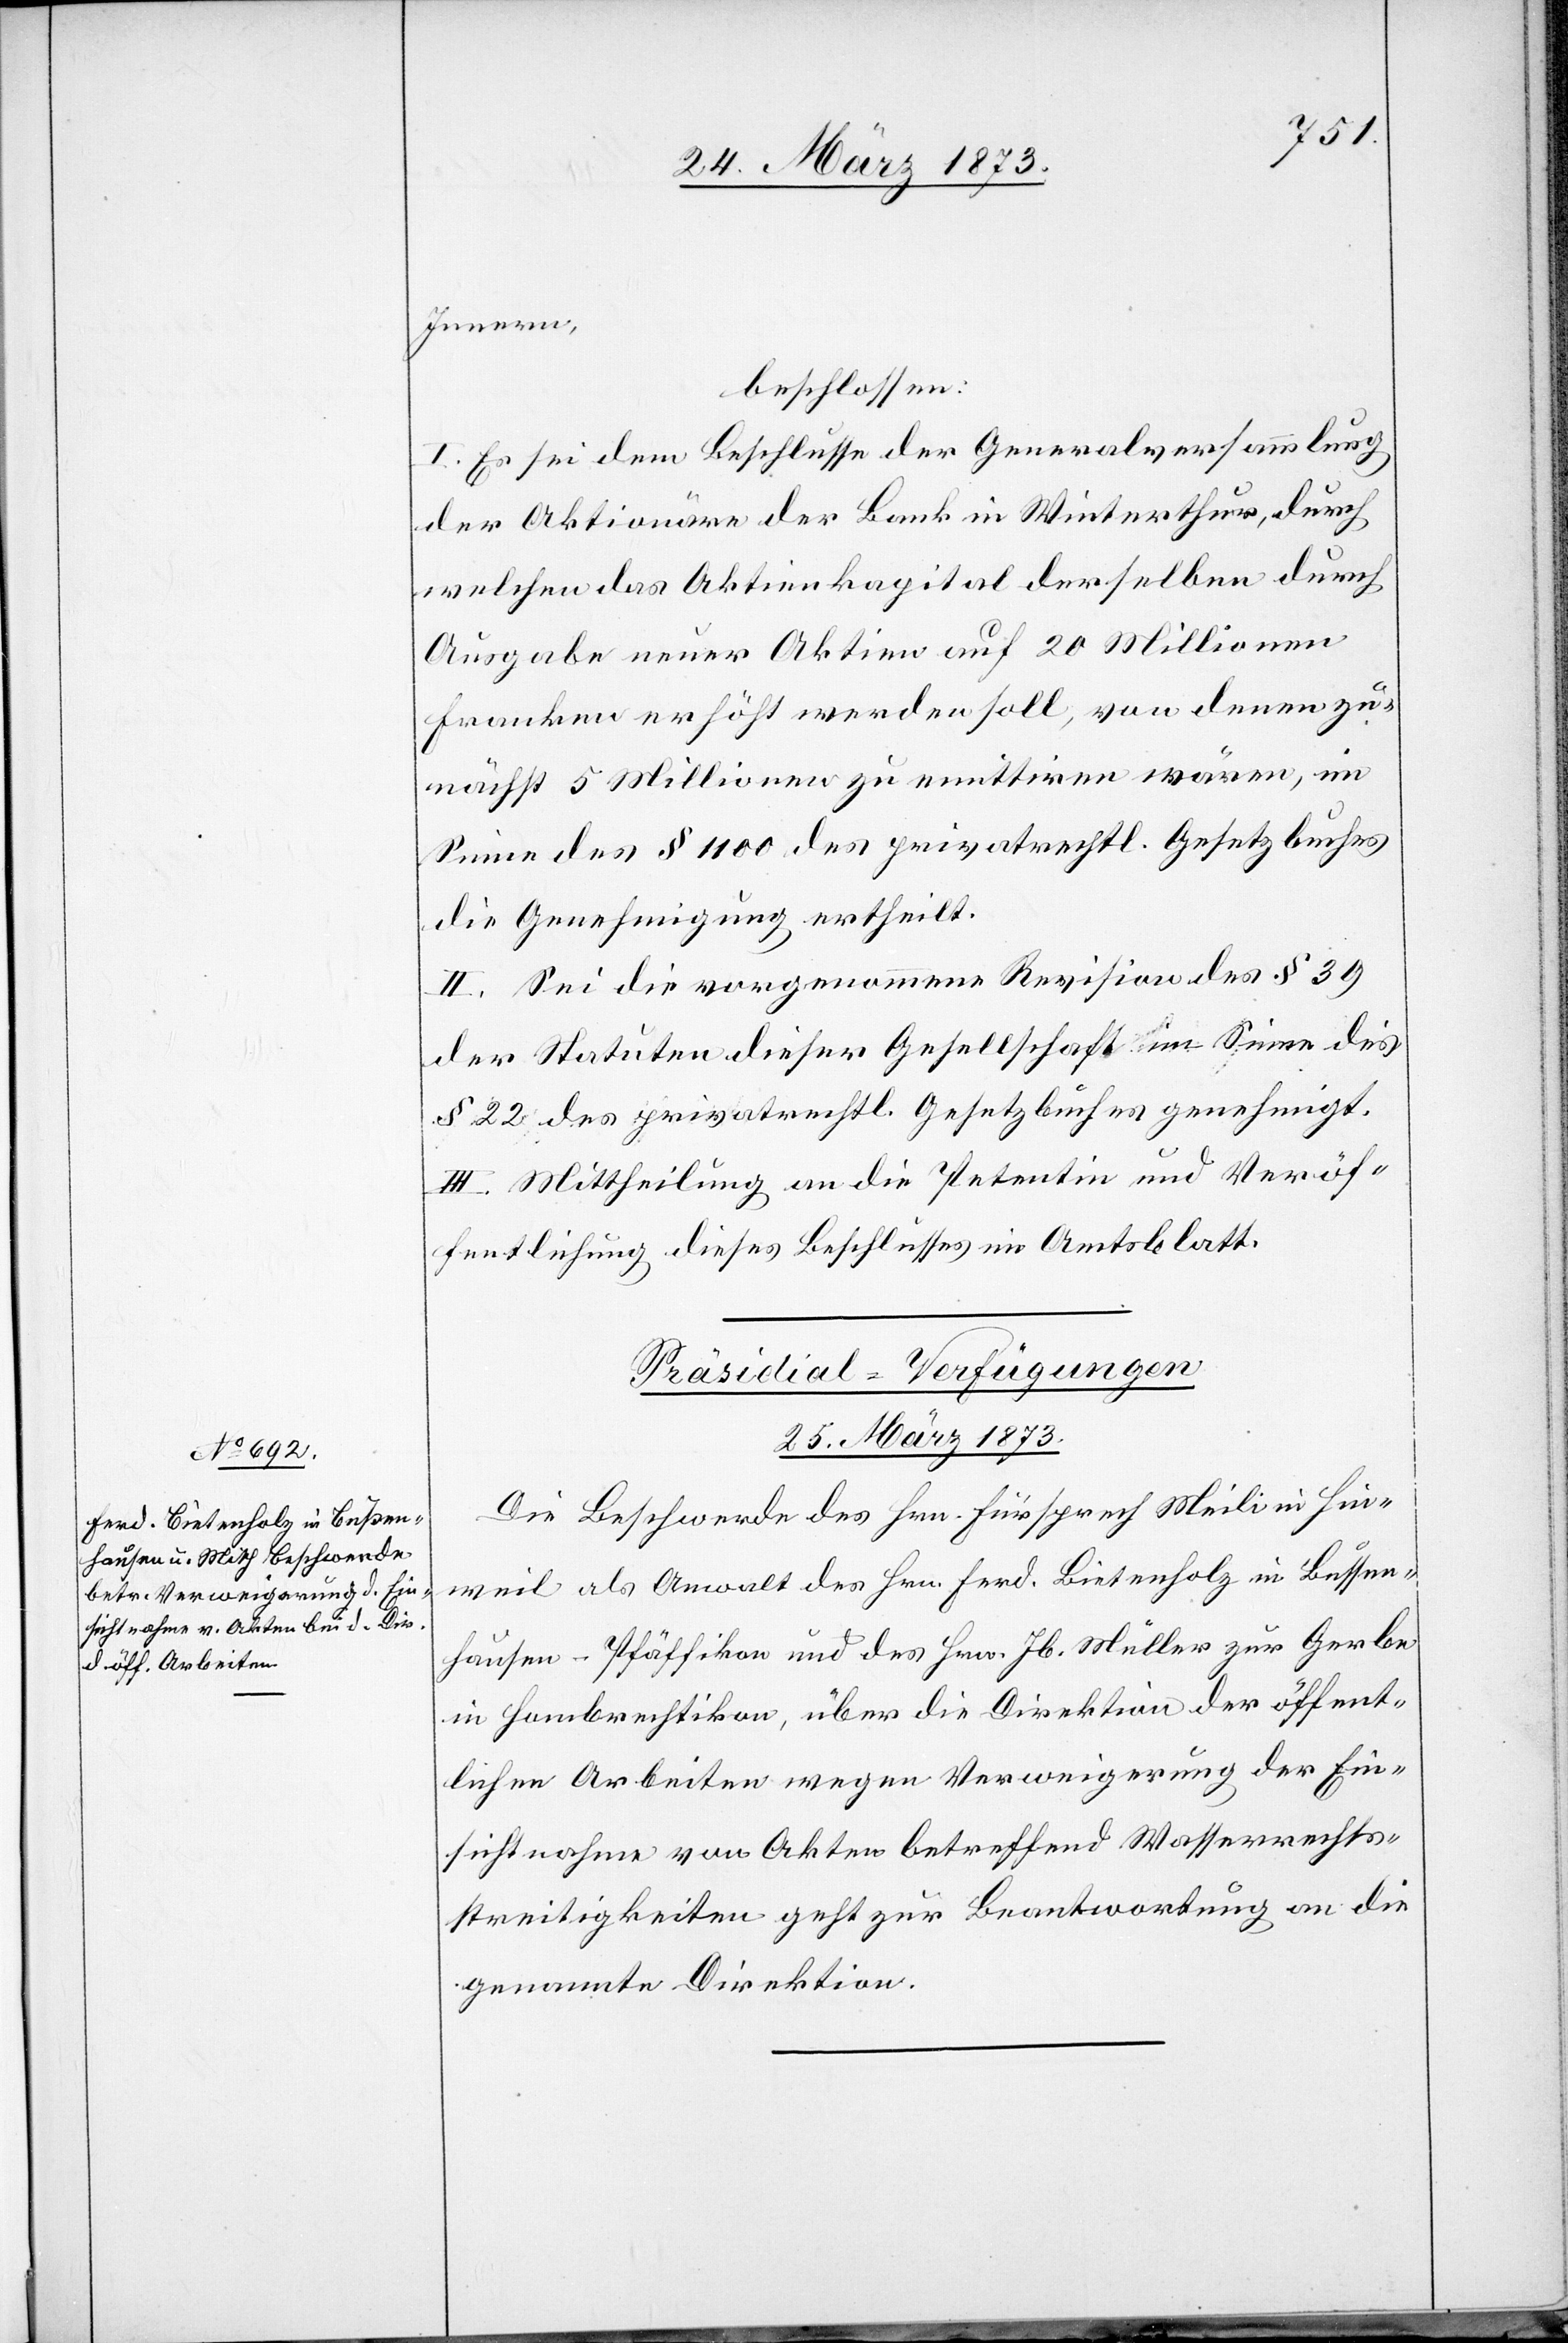
Innern,
beschlossen:
I. Es sei dem Beschlusse der Generalversammlung
der Aktionäre der Bank in Winterthur, durch
welchen das Aktienkapital derselben durch
Ausgabe neuer Aktien auf 20 Millionen
Franken erhöht werden soll, von denen zu¬
nächst 5 Millionen zu emittiren wären, im
Sinne des § 1100 des privatrechtl. Gesetzbuches
die Genehmigung ertheilt.
II. Sei die vorgenommene Revision des § 39
der Statuten dieser Gesellschaft im Sinne des
§ 22 des privatrechtl. Gesetzbuches genehmigt.
III. Mittheilung an die Petentin und Veröf¬
fentlichung dieses Beschlusses im Amtsblatt.
Präsidial-Verfügungen[.]
25. März 1873.
Die Beschwerde des Hrn. Fürsprech Meili in Hin¬
weil als Anwalt des Hrn. Ferd. Bietenholz in Bussen¬
hausen-Pfäffikon und des Hrn. Jb. Müller zur Gerbe
in Hombrechtikon, über die Direktion der öffent¬
lichen Arbeiten wegen Verweigerung der Ein¬
sichtnahme von Akten betreffend Wasserrechts¬
streitigkeiten geht zur Beantwortung an die
genannte Direktion.